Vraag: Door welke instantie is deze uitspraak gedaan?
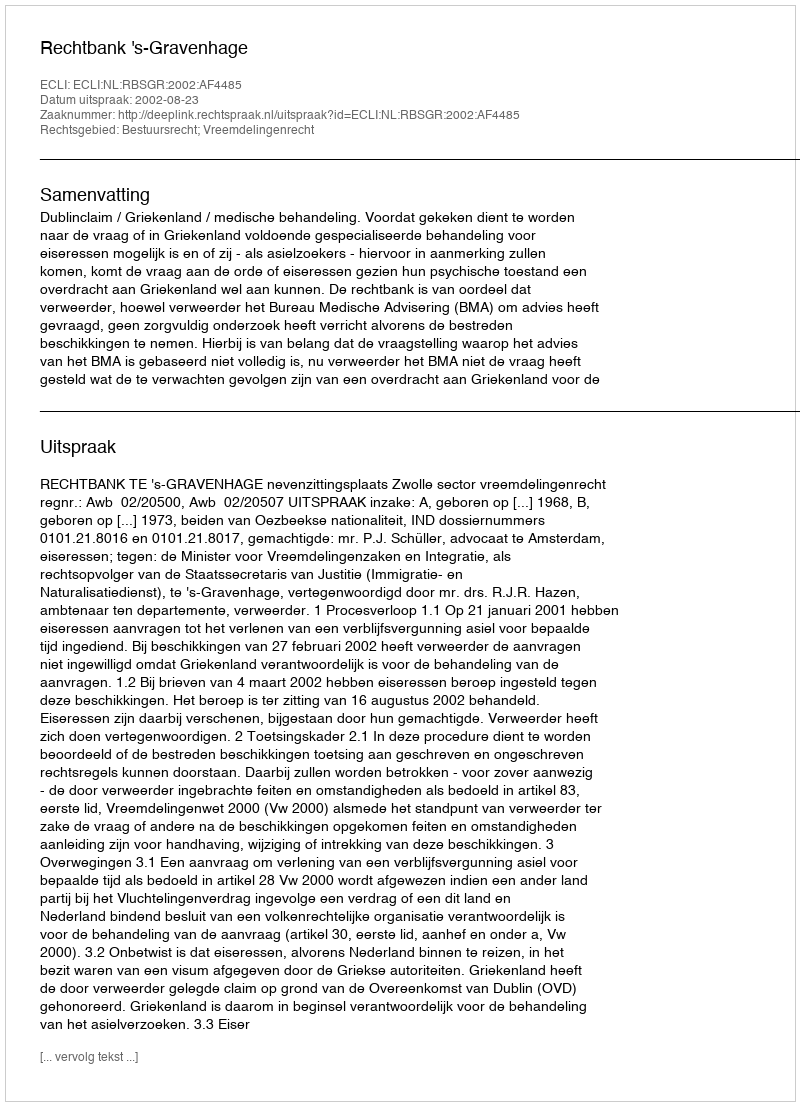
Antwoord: Rechtbank 's-Gravenhage